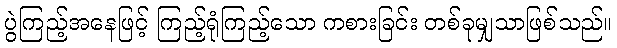
ပွဲကြည့်အနေဖြင့် ကြည့်ရုံကြည့်သော ကစားခြင်း တစ်ခုမျှသာဖြစ်သည်။